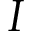
I